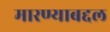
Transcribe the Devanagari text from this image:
मारण्याबद्दल